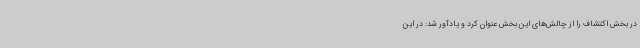
در بخش اکتشاف را از چالش‌های این بخش عنوان کرد و یادآور شد: در این